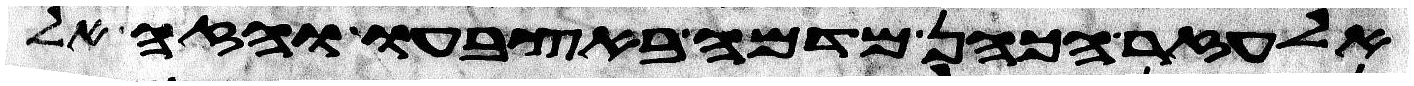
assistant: אלעזר הכהן מדמה באצבעו והזה אל